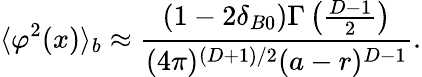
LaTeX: \langle\varphi^{2}(x)\rangle_{b}\approx\frac{(1-2\delta_{B0})\Gamma\left(\frac{D-1}{2}\right)}{(4\pi)^{(D+1)/2}(a-r)^{D-1}}.